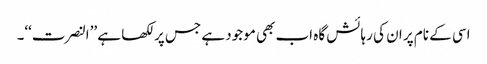
اسی کے نام پر ان کی رہائش گاہ اب بھی موجود ہے جس پر لکھا ہے ’’النصرت‘‘۔